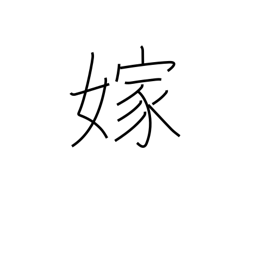
Meaning: marry into